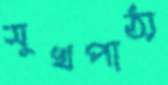
সুখপাঠ্য